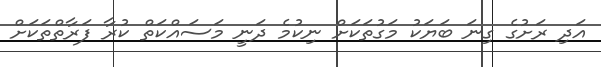
އަދި ރަށުގެ ގިނަ ބަޔަކު މަގުތަކަށް ނިކުމެ ދަނީ މަސައްކަތް ކުރާ ފަރާތްތަކަށް